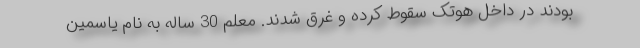
بودند در داخل هوتک سقوط کرده و غرق شدند. معلم 30 ساله به نام یاسمین